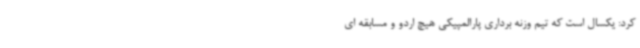
کرد: یکسال است که تیم وزنه برداری پارالمپیکی هیچ اردو و مسابقه ای